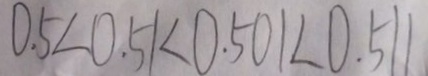
0 . 5 < 0 . 5 1 < 0 . 5 0 1 < 0 . 5 1 1